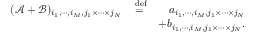
\begin{array} { r l r } { ( \mathcal { A } + \mathcal { B } ) _ { i _ { 1 } , \cdots , i _ { M } , j _ { 1 } \times \cdots \times j _ { N } } } & { \stackrel { \mathrm { \tiny ~ d e f } } { = } } & { a _ { i _ { 1 } , \cdots , i _ { M } , j _ { 1 } \times \cdots \times j _ { N } } } \\ & { } & { + b _ { i _ { 1 } , \cdots , i _ { M } , j _ { 1 } \times \cdots \times j _ { N } } . } \end{array}